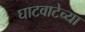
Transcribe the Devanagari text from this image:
घाटवाटेच्या